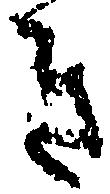
き